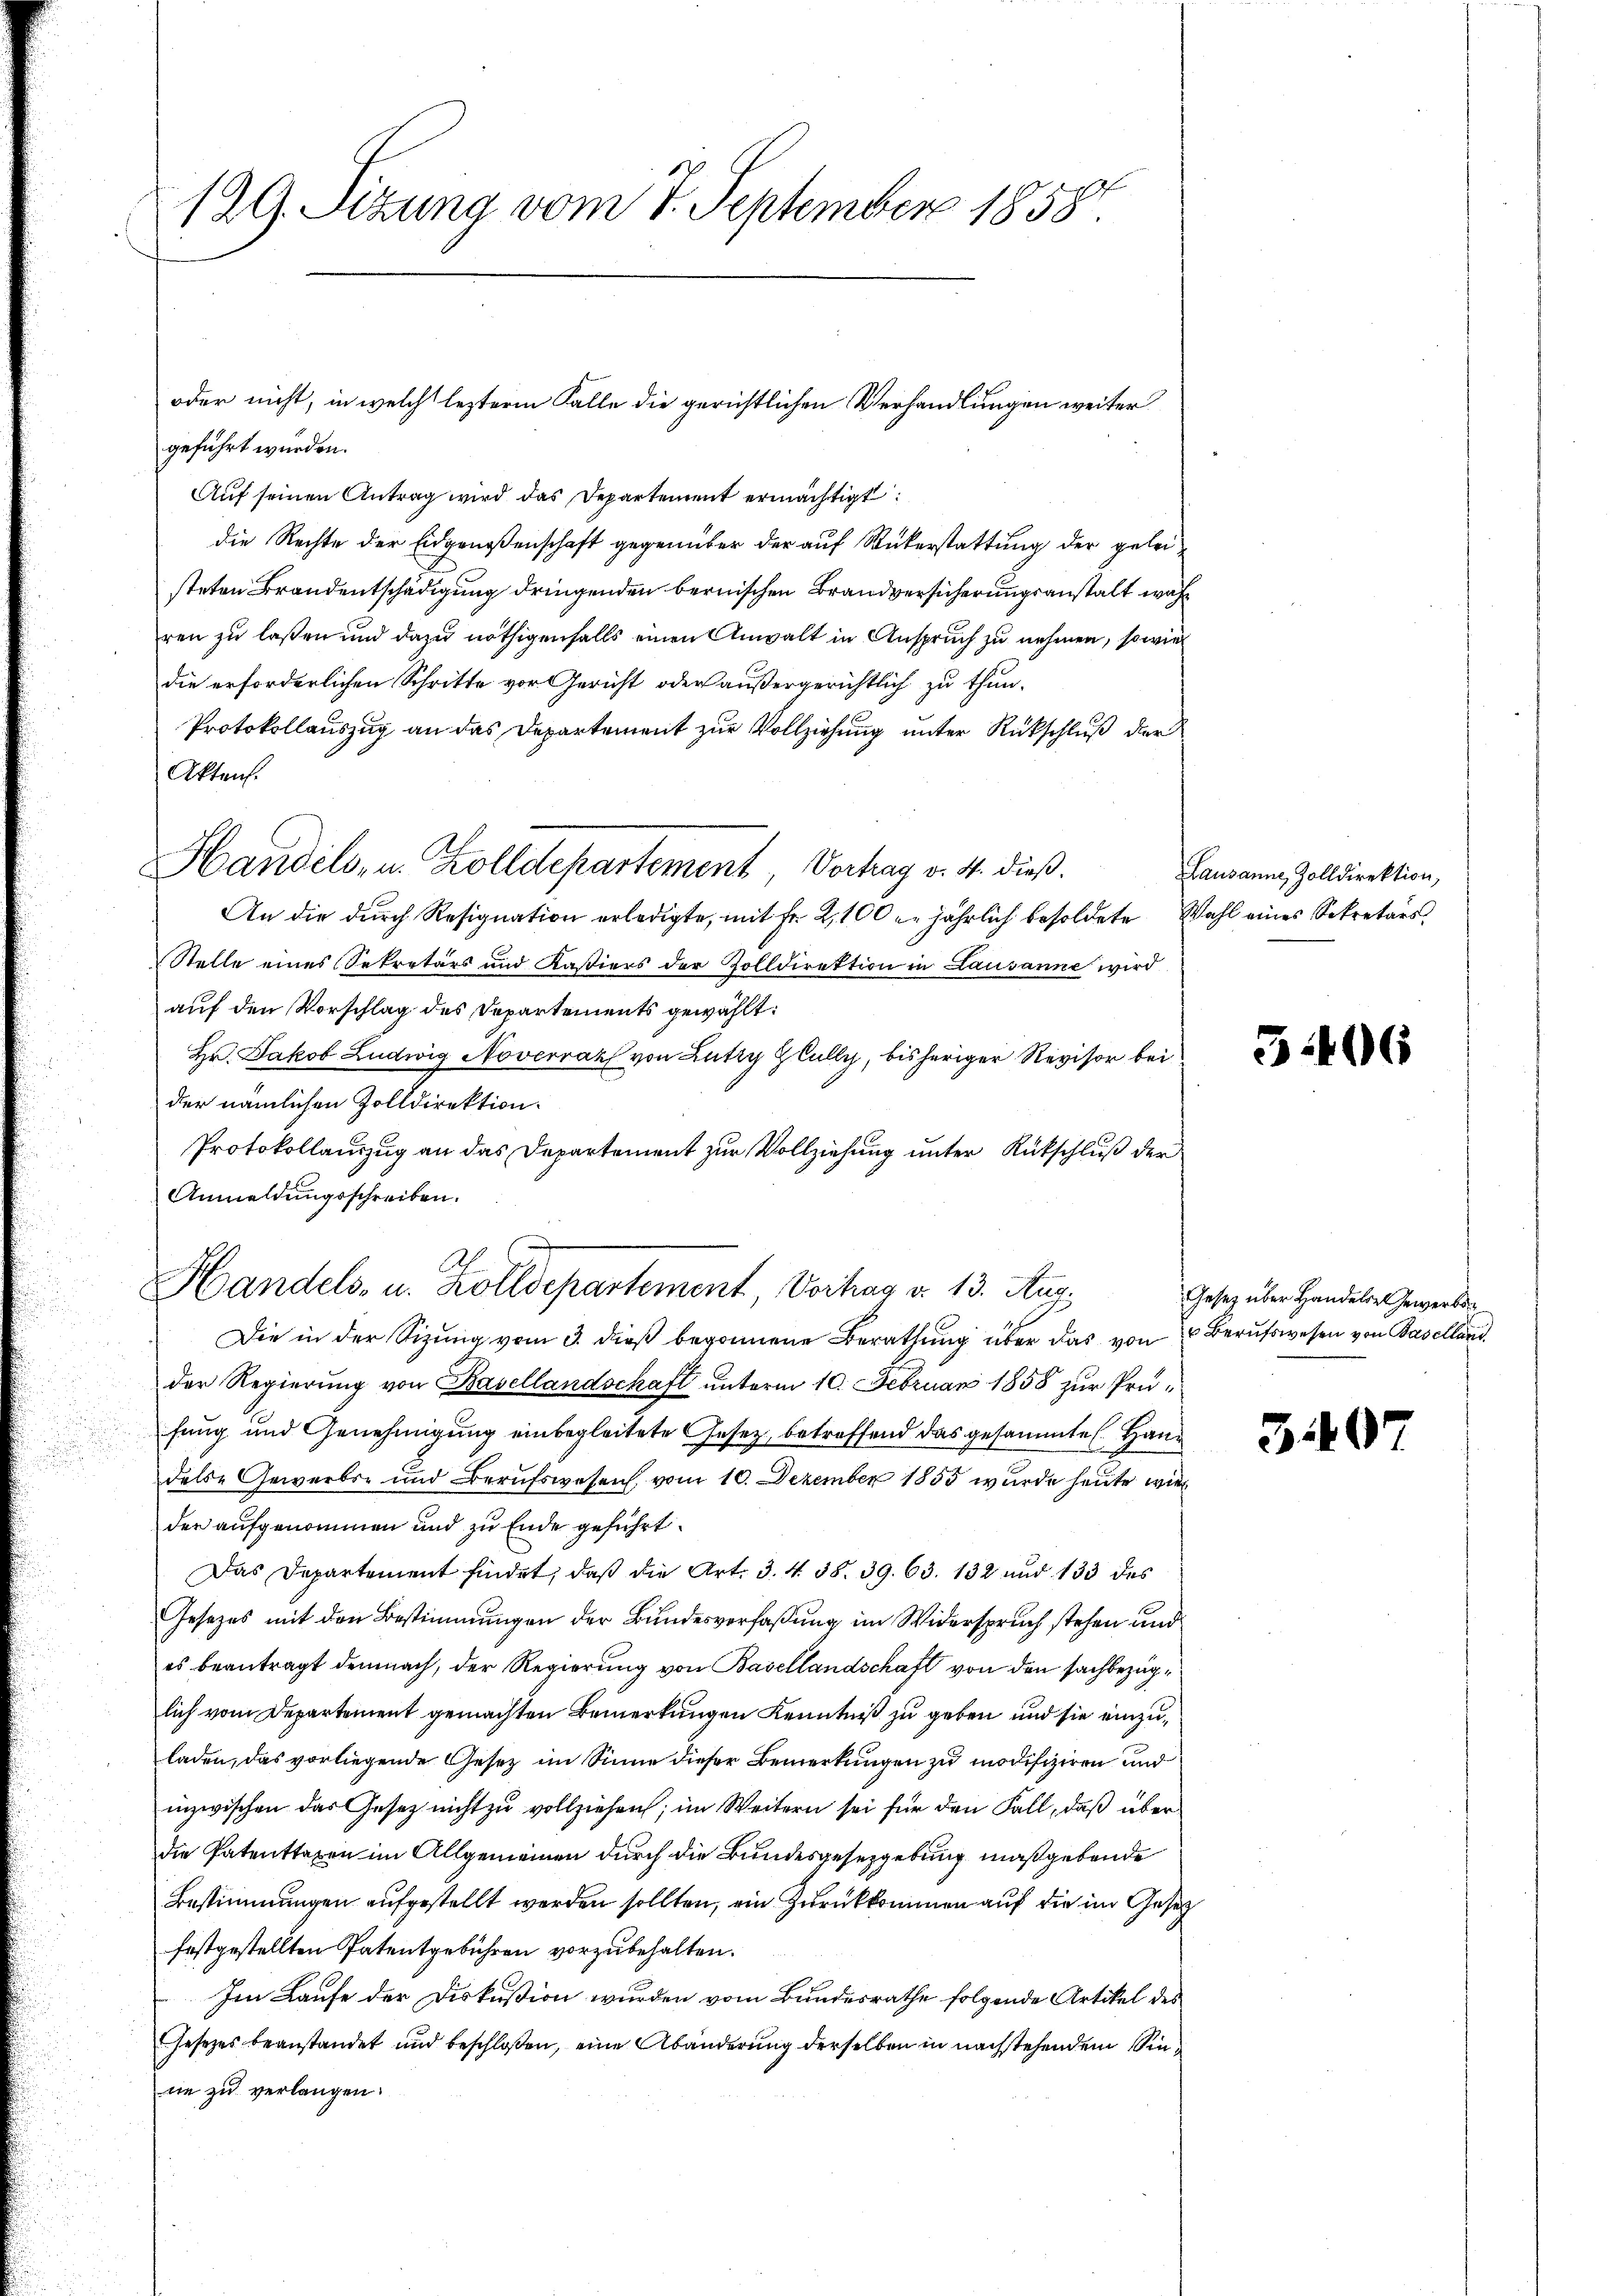
129. Sizung vom 7. September 1858.

geführt wurden.
Auf seinen Antrag wird das Departement ermächtigt
die Rechte der Eidgenoßenschaft gegenüber der auf Rükerstattung der geleisteten Brandentschädigung dringenden bernischen Brandversicherungsanstalt wahr
ren zu laßen und dazu nöthigenfalls einen Anwalt in Anspruch zu nehmen, so wie
die erforderlichen Schritte vor Gericht oder außergerichtlich zu thun.
Protokollauszug an das Departement zur Vollziehung unter Rückschluß der
Akten.
An die durch Resignation erledigte, mit Fr. 2,100 er jährlich besoldete Wahl eines Sekretärs
Stelle eines Sekretärs und Kastiers der Zolldirektion in Lausanne wird
auf den Vorschlag des Departements gewählt:
Hr. Jakob Ludwig Noverrat von Lutry Hlully, bisheriger Revisor bei
der nämlichen Zolldirektion.
Protokollauszug an das Departement zur Vollziehung unter Rückschluß der
Anmeldungsschreiben.
Handels- u. Zolldepartement, Verhas v. 13. Aug.
Die in der Sizŭng vom 3. dieβ begonnene Berathŭng über das von Berufswesen von Baselland
der Regierung von Basellandschaft unterm 10. Februar 1858 zur Prüfung und Genehmigung einbegleitete Gesetz, betreffend das gesammte Hau
dele Gewerbs- und Berufswesen, vom 10. Dezember 1855 wurde heute wie
der aufgenommen und zu Ende geführt
Das Departement findet, daß die Art. 3. 438. 39. 63. 132 und 133 des
Gesezes mit den Bestimmungen der Bundesverfaßung im Widerspruch stehen und
es beantragt demnach, der Regierung von Basellandschaft von den sachbezüglich vom Departement gemachten Bemerkungen Kenntniß zu geben und sie einzuladen, das vorliegende Gesetz im Sinne dieser Bemerkungen zu modifiziren und
inzwischen das Gesetz nicht zu vollziehen; im Weitern sei für den Fall, daß über
die Patenttaxen im Allgemeinen durch die Bundesgesetzgebung maßgebende
Bestimmungen aufgestellt werden sollten, ein Zurückkommen auf die im Gesetz
festgestellten Patentgebühren vorzubehalten.
Im Laufe der Diskußion wurden vom Bundesrathe folgende Artikel des
sesezes beanstandet und beschloßen, eine Abänderung derselben in nachstehendem Sinne zu verlangen.

Handels- u. Zolldepartement, Vortrag v. 4. dieß.

oder nicht, in welch lezterm Falle die gerichtlichen Verhandlungen weiter

Lausanne, Zolldirektion,

3.406

Gesetz über Handele Gewerben

3407